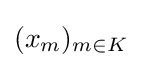
(x_{m})_{m\in K}